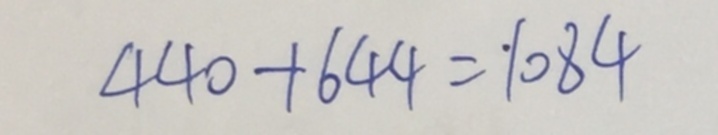
4 4 0 + 6 4 4 = 1 0 8 4